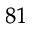
^ { 8 1 }